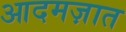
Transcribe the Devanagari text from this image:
आदमज़ात